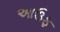
આઉફ